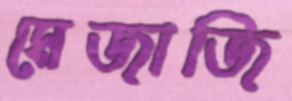
মেজাজি